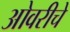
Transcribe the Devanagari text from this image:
ओवरीचे